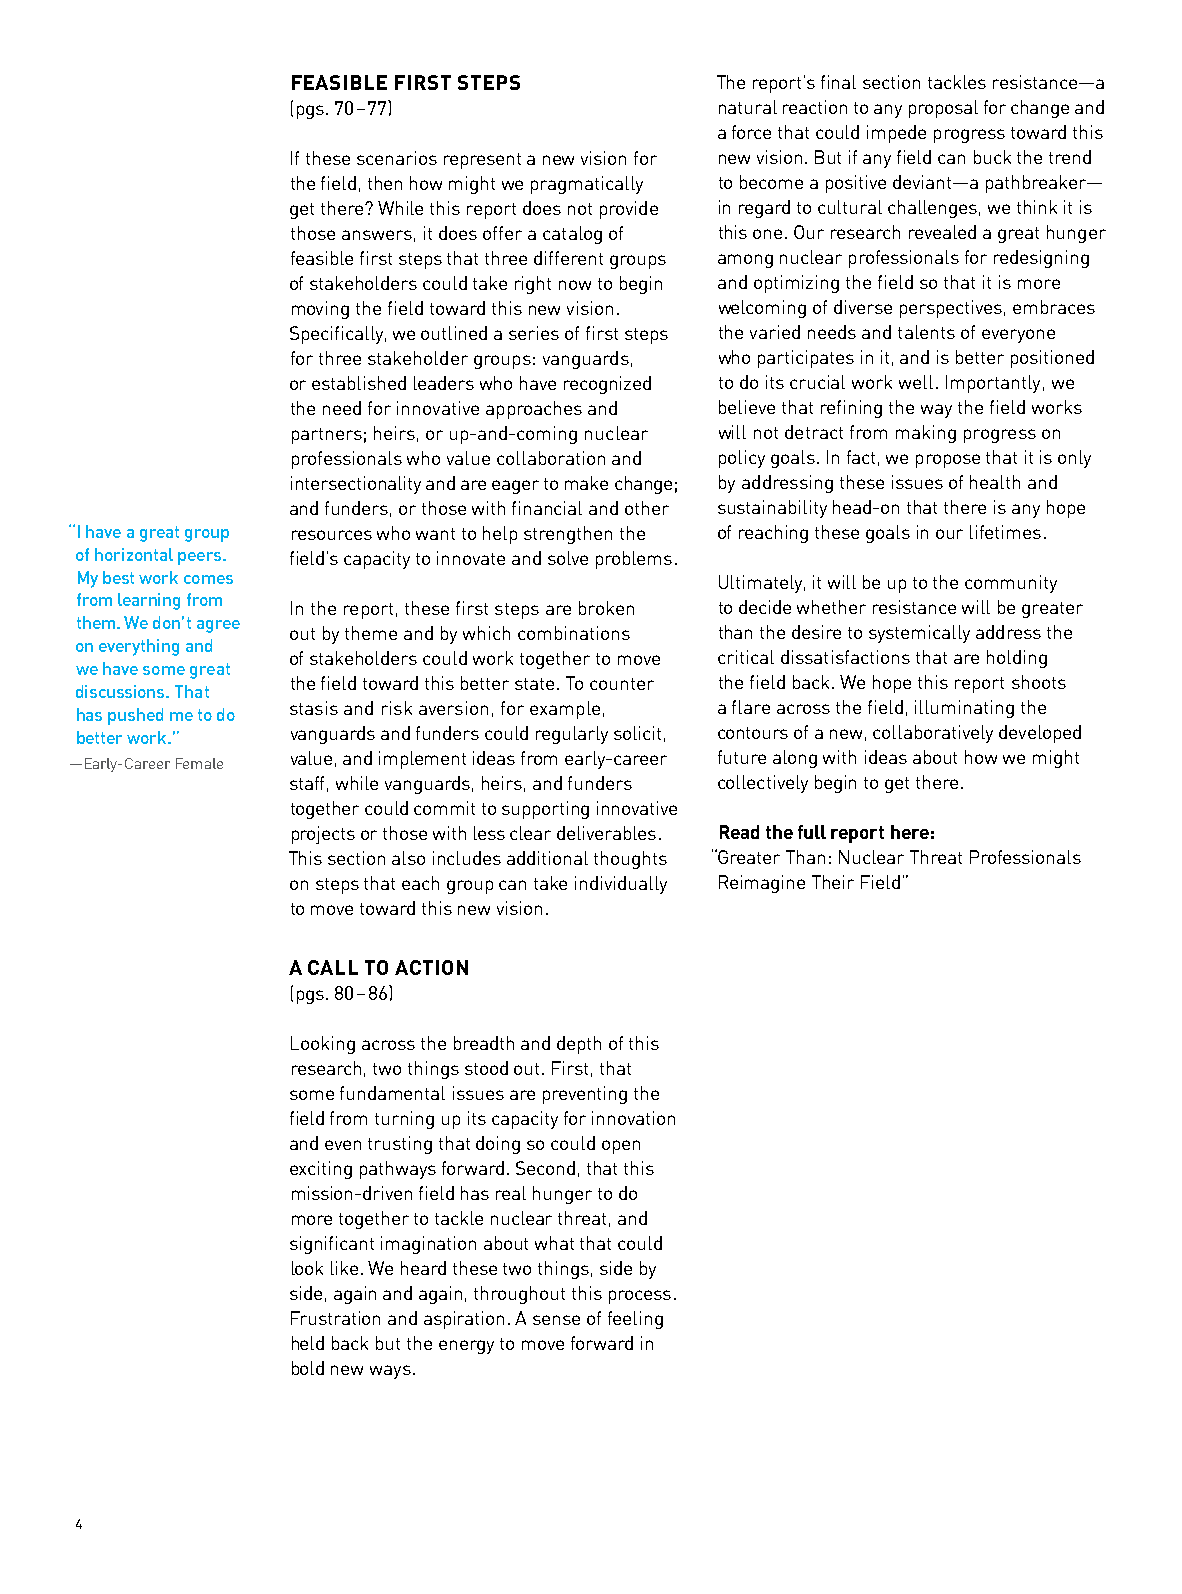
FEASIBLE FIRST STEPS        The report’s final section tackles resistance—a
 (pgs. 70–77)                natural reaction to any proposal for change and
 a force that could impede progress toward this
 If these scenarios represent a new vision for new vision. But if any field can buck the trend
 the field, then how might we pragmatically to become a positive deviant—a pathbreaker—
 get there? While this report does not provide in regard to cultural challenges, we think it is
 those answers, it does offer a catalog of this one. Our research revealed a great hunger
 feasible first steps that three different groups among nuclear professionals for redesigning
 of stakeholders could take right now to begin and optimizing the field so that it is more
 moving the field toward this new vision. welcoming of diverse perspectives, embraces
 Specifically, we outlined a series of first steps the varied needs and talents of everyone
 for three stakeholder groups: vanguards, who participates in it, and is better positioned
 or established leaders who have recognized to do its crucial work well. Importantly, we
 the need for innovative approaches and believe that refining the way the field works
 partners; heirs, or up-and-coming nuclear will not detract from making progress on
 professionals who value collaboration and policy goals. In fact, we propose that it is only
 intersectionality and are eager to make change; by addressing these issues of health and
 and funders, or those with financial and other sustainability head-on that there is any hope
 “I have a great group resources who want to help strengthen the of reaching these goals in our lifetimes.
 of horizontal peers. field’s capacity to innovate and solve problems.
 My best work comes                        Ultimately, it will be up to the community
 from learning from In the report, these first steps are broken to decide whether resistance will be greater
 them. We don’t agree
 out by theme and by which combinations than the desire to systemically address the
 on everything and
 of stakeholders could work together to move critical dissatisfactions that are holding
 we have some great
 the field toward this better state. To counter the field back. We hope this report shoots
 discussions. That
 stasis and risk aversion, for example, a flare across the field, illuminating the
 has pushed me to do
 better work.” vanguards and funders could regularly solicit, contours of a new, collaboratively developed
 value, and implement ideas from early-career future along with ideas about how we might
 —Early-Career Female
 staff, while vanguards, heirs, and funders collectively begin to get there.
 together could commit to supporting innovative
 projects or those with less clear deliverables. Read the full report here:
 This section also includes additional thoughts “Greater Than: Nuclear Threat Professionals
 on steps that each group can take individually Reimagine Their Field”
 to move toward this new vision.
 A CALL TO ACTION
 (pgs. 80–86)
 Looking across the breadth and depth of this
 research, two things stood out. First, that
 some fundamental issues are preventing the
 field from turning up its capacity for innovation
 and even trusting that doing so could open
 exciting pathways forward. Second, that this
 mission-driven field has real hunger to do
 more together to tackle nuclear threat, and
 significant imagination about what that could
 look like. We heard these two things, side by
 side, again and again, throughout this process.
 Frustration and aspiration. A sense of feeling
 held back but the energy to move forward in
 bold new ways.
 4